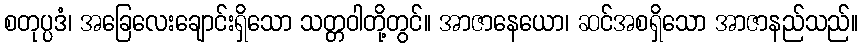
စတုပ္ပဒံ၊ အခြေလေးချောင်းရှိသော သတ္တဝါတို့တွင်။ အာဇာနေယော၊ ဆင်အစရှိသော အာဇာနည်သည်။